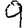
Digit: 9